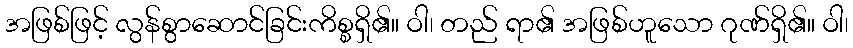
အဖြစ်ဖြင့် လွန်စွာဆောင်ခြင်းကိစ္စရှိ၏။ ဝါ၊ တည် ရာ၏ အဖြစ်ဟူသော ဂုဏ်ရှိ၏။ ဝါ၊